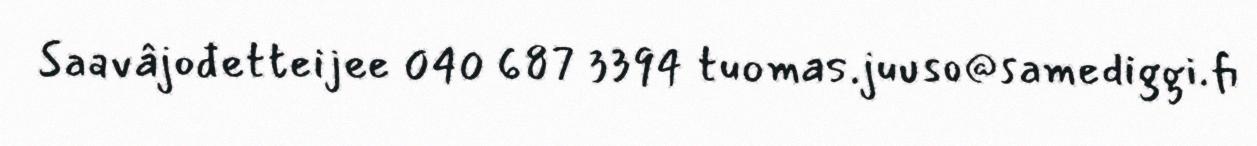
Saavâjođetteijee 040 687 3394 tuomas.juuso@samediggi.fi